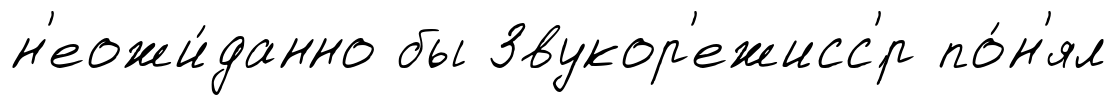
н'еожи́данно бы Звукор'ежисс'́р по́н'ял